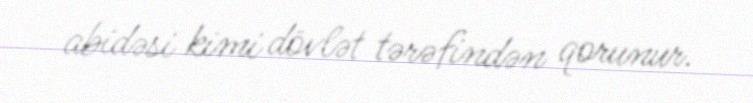
abidəsi kimi dövlət tərəfindən qorunur.